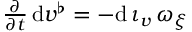
\begin{array} { r } { \frac \partial { \partial t } \, \mathrm { d } v ^ { \flat } = - \mathrm { d } \, \iota _ { v } \, \omega _ { \xi } } \end{array}